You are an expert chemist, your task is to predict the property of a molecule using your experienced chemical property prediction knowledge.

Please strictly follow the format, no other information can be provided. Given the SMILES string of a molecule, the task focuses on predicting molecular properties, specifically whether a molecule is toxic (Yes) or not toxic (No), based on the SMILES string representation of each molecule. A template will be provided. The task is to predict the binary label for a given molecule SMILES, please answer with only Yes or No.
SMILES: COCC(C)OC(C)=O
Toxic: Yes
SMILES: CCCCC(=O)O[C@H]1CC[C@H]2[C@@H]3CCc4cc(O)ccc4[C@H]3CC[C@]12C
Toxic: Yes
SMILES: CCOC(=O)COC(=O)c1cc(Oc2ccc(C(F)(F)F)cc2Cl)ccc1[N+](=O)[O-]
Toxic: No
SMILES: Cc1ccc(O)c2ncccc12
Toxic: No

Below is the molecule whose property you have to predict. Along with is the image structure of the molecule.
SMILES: C=CCN1C(=O)C(CC(C)C)NC1=S
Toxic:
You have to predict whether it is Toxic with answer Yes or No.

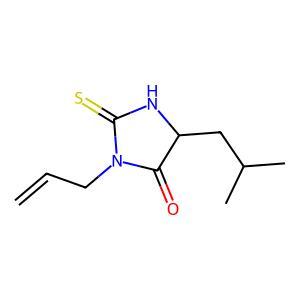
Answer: No